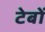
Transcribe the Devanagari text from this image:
टेबों